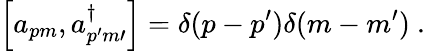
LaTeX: \Big[a_{pm},a_{p^{\prime}m{\prime}}^{\dagger}\Big]=\delta(p-p^{\prime})\delta(m-m^{\prime})\ .